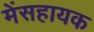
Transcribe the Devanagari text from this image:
मेंसहायक